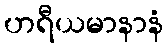
ဟရီယမာနာနံ